Medical and sanitary report of the native army of Bengal for the year
Year: 1876
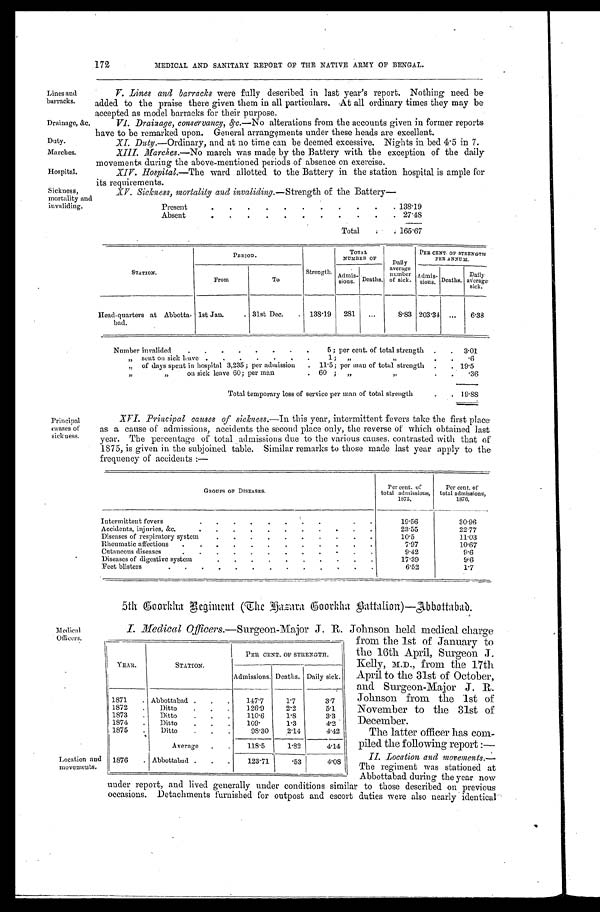
Lines and
barracks.
Drainage, sic.
Duty.
Marches.
Hospital.
Sickness,
mortality au
invaliding.
172
MEDICAL AND SANITARY REPORT OF THE NATIVE ARMY OF BENGAL.
V
. Lines and barracks were fully described in last year's report. Nothing need be
added to the praise there given them in all particulars. At all ordinary times they may be
accepted as model barracks for their purpose.
VI. Drainage, conservancy, &c .—No alterations from the accounts given in former reports
have to be remarked upon. General arrangements under these heads are excellent.
XI. Duty.— Ordinary, and at no time can be deemed excessive. Nights in bed 4.5 in 7.
XIII. Marches .—No march was made by the Battery with the exception of the daily
movements during the above-mentioned periods of absence on exercise.
XIV. Hospital.—The ward allotted to the Battery in the station hospital is ample for
its requirements.
XV. Sickness, mortality and invaliding.—Strength of the Battery
—
Present
138.19
Absent
2 7 . 4 8
Total
165.67
S T A T I O N .
PERIOD.
Strength.
TOTAL
NUMBER OF
Daily
average
number
of sick.
PER CENT OF STRENGTH
PER ANNUM.
From
To
Admis-
sions. Deaths.
Admis- sions. Deaths. Daily
a v e r a g e
sick.
Head-quarters at Abbotta-
bad.
1st Jan.
31st Dec.
138.19 281
8.83 203.34
6.38
Number invalided
5; per cent. of total strength
3.01
„ sent on sick leave
1; „ „
.6
„ of days spent in hospital 3,235; per admission
11.5; per man of total strength
19.5
„
„ on sick leave 60; per man
60; „
„
.36
Total temporary loss of service per man of total strength
1 9 . 8 8
Principal
causes of
sickness.
XVI. Principal causes of sickness .-In this year, intermittent fevers take the first place
as a cause of admissions, accidents the second place only, the reverse of which obtained last
year. The percentage of total admissions due to the various causes, contrasted with that of
1875, is given in the subjoined table. Similar remarks to those made last year apply to the
frequency of accidents:—
G R O U P S O F D I S E A S E S .
Per cent. of
total admissions, 1875.
Per cent, of
total admissions, 1876.
Intermittent fevers
19.56
30.96
Accidents, injuries, &c.
23.55
22.77
Diseases of respiratory system
10.5
11.03
Rheumatic affections
7.97
10.67
Cutaneous diseases
9.42
1.6
Diseases of digestive system
17.39
Feet blisters
6 . 5 2
1.7
'edical
Officers.
Location and
movements.
5th Goorkha Regiment (The Haeara Goorkha Battalion)—Abbottabad.
I. Medical Offic ers.—Surgeon-Major J. R. Johnson held medical charge
from the 1st of January to
the 16th April, Surgeon J.
Kelly, M.D., from the 17th
April to the 31st of October,
and Surgeon-Major J. R.
Johnson from the 1st of
November to the 31st of
December.
The latter officer has com-
piled the following report :—
II. Location and movements. —
The regiment was stationed at
Abbottabad during the year now
similar to those described on previous
escort duties were also nearly identical
YEAR.
STATION.
PER CENT, OF STRENGTH.
Admissions. Deaths. Daily sick.
1 8 7 0 Abbottabad
-
bad.
147.7
1.7
3.7
1 8 7 2
D i t t o 126
2.2
5.1
1873
Ditto
110.6
1.8
3.3
1874
Ditto
109.
1.3
4.2
1875
Ditto
98.30
2.14
4.42
Average
118.5
1.82
4.14
1876
Abbottabad
123.71
.53
4.08
under report, and lived generally under conditions
occasions. Detachments furnished for outpost and